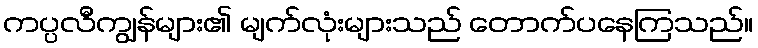
ကပ္ပလီကျွန်များ၏ မျက်လုံးများသည် တောက်ပနေကြသည်။